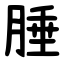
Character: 腄